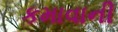
કમાવાની